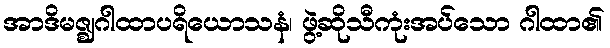
အာဒိမဇ္ဈဂါထာပရိယောသနံ၊ ဖွဲ့ဆိုသီကုံးအပ်သော ဂါထာ၏